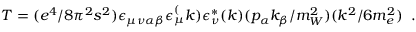
T = ( e ^ { 4 } / 8 { \pi } ^ { 2 } s ^ { 2 } ) \epsilon _ { \mu \nu \alpha \beta } \epsilon _ { \mu } ^ { ( } k ) \epsilon _ { \nu } ^ { * } ( k ) ( p _ { \alpha } k _ { \beta } / m _ { W } ^ { 2 } ) ( k ^ { 2 } / 6 m _ { e } ^ { 2 } ) \; \; .